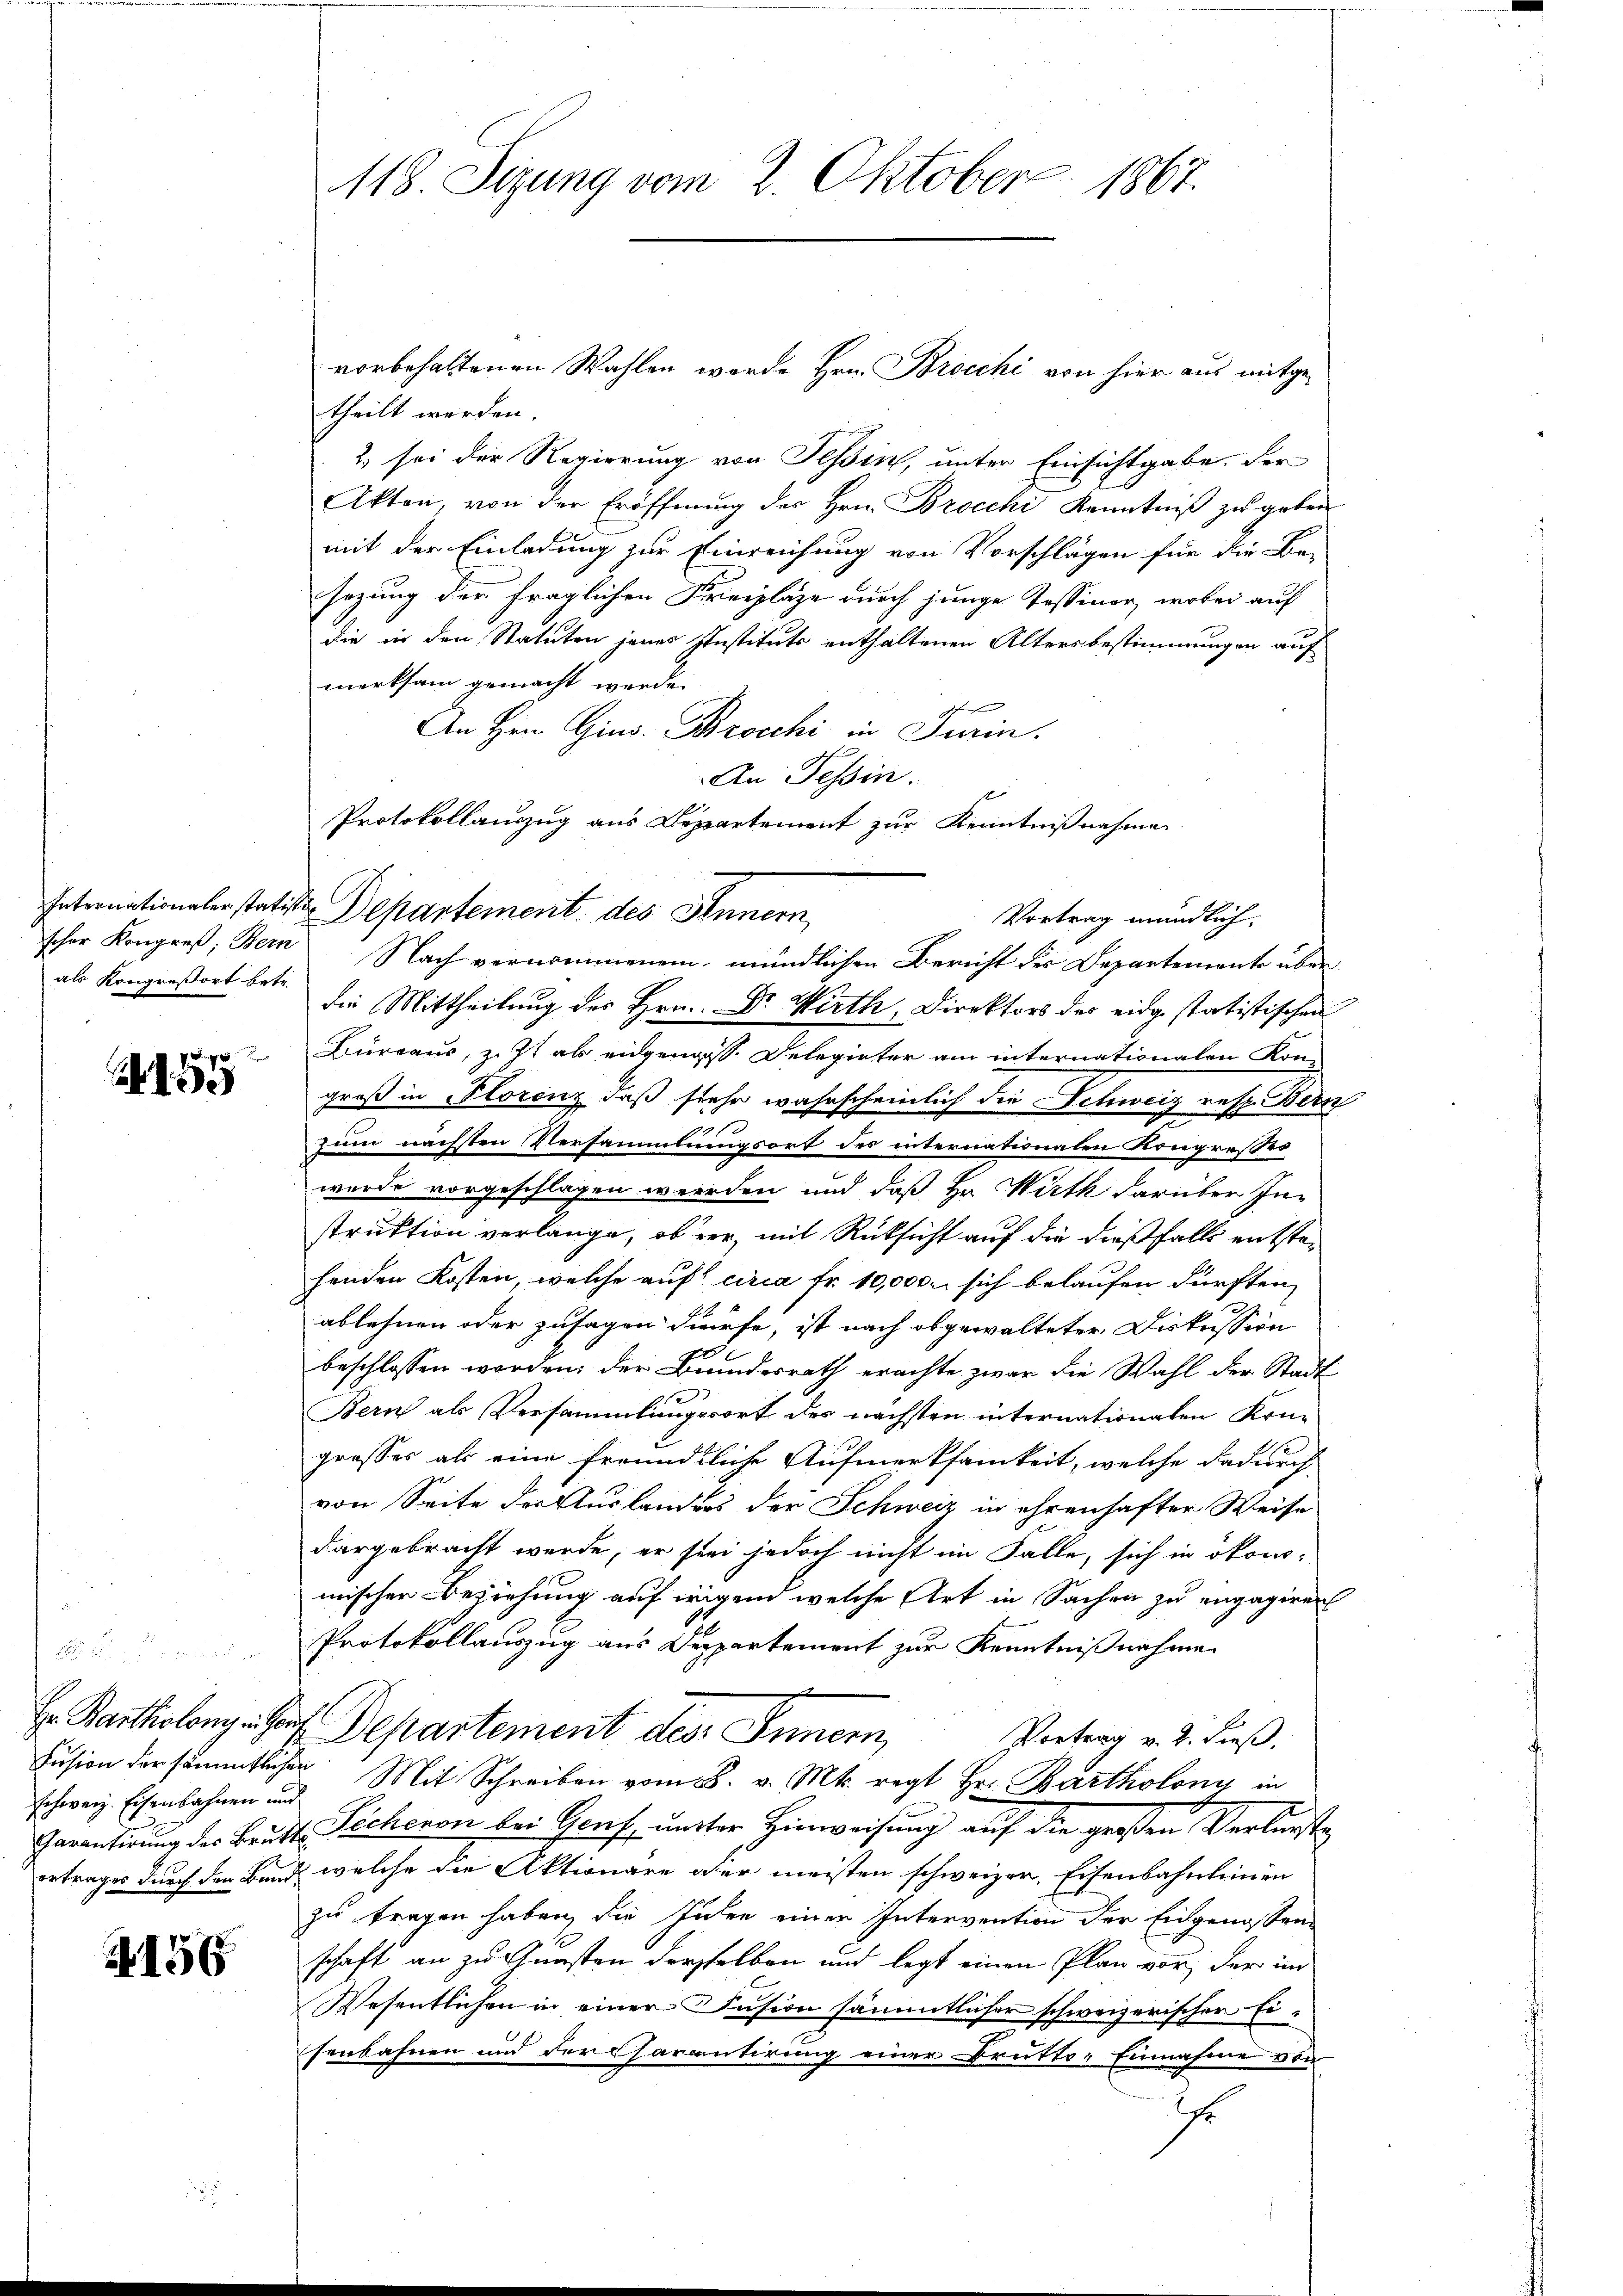
als Kongreßort betr.

e
2. 55

schweiz. Eisenbahnen und

A156

vorbehaltenen Wahlen werde Hrn. Brocchi von hier aus mitge-
theilt werden.
2) sei der Regierung von Tessin, unter Einsichtgabe. Der
Akten, von der Eröffnung des Hrn. Brocchi Kenntniß zu geben
mit der Einladung zur Einreichung von Vorschlägen für die Be-
sezung der fraglichen Freipläge durch junge Tessiner, wobei auf
die in den Statuten jenes Instituts enthaltenen Altersbestimmungen auf
merksam gemacht werde.
fehen
An Hrn. Gins. Brocchi in Turin.
An Tessin.
Protokollauszug aus Dappartement zur Kenntnißnahme
Internationaler statiste Departement des Sinnern
Vortrag mündlich;
scher Kongreß; Bern Nach vernommenem mündlichen Bericht der Departemente über
die Mittheilung des Hrn. Dr. Wirth, Direktors des eidg statistischen
Bureaus, z. Zt als eidgenoss. Delegirter am internationalen Kon-
groß in Florenz, daß stehe wahrscheinlich die Schweiz resp. Bern
zum nächsten Versammlungsort des internationalen Kongresses
wurde vorgeschlagen werden und daß Hr. Wirth darüber Instruktion verlange, ob der, mit Rüksicht auf die dießfalls entstefenden Kosten, welche auf circa Fr. 10,000. sich belaufen dürften,
ablehnen oder zusagen dürfe, ist nach abgewalteter Diskussion
beschlossen worden, der Bundesrath erachte zwar die Wahl der Stadt
Bern als Versammlungsort der nächsten internationalen Kon-
grosses als eine freundliche Aufmerksamkeit, welche dadurch
von Seite der Auslanders der Schweiz in ehrenhafter Weise
dargebracht werde, er sei jedoch nicht im Falle, sich in ökonomischen Beziehung auf wegend welche Art in Sachen zu engagiren
Protokollauszug aus Departement zur Kenntnißnahme
Er Particolong. Haus Departement des Innern,
Vortrag v. 2. dieß.
Fusion der sämmtlicher Mit Schreiben vom 28. v. Mts. regt Hr. Bartholoni in
Garantirung der Brütte Sicheren bei Genf, unter Hinweisung auf die großen Verlurste
ertrages durch den Bund welche die Aktionare der meisten schweizer, Eisenbahnleinen
zu tragen haben, die Inten einer Intervention der Eidgenossen
schaft an zu Gunsten dersselben und legt einen Plan vor, der im
Wesentlichen in einer Casion sämmtlicher schweizerischer Eisenbahnen und der Carantirung einer Brutto-Einnahme von
Ihr

118. Sizung vom 2. Oktober 1867.